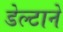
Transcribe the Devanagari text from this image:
डेल्टाने